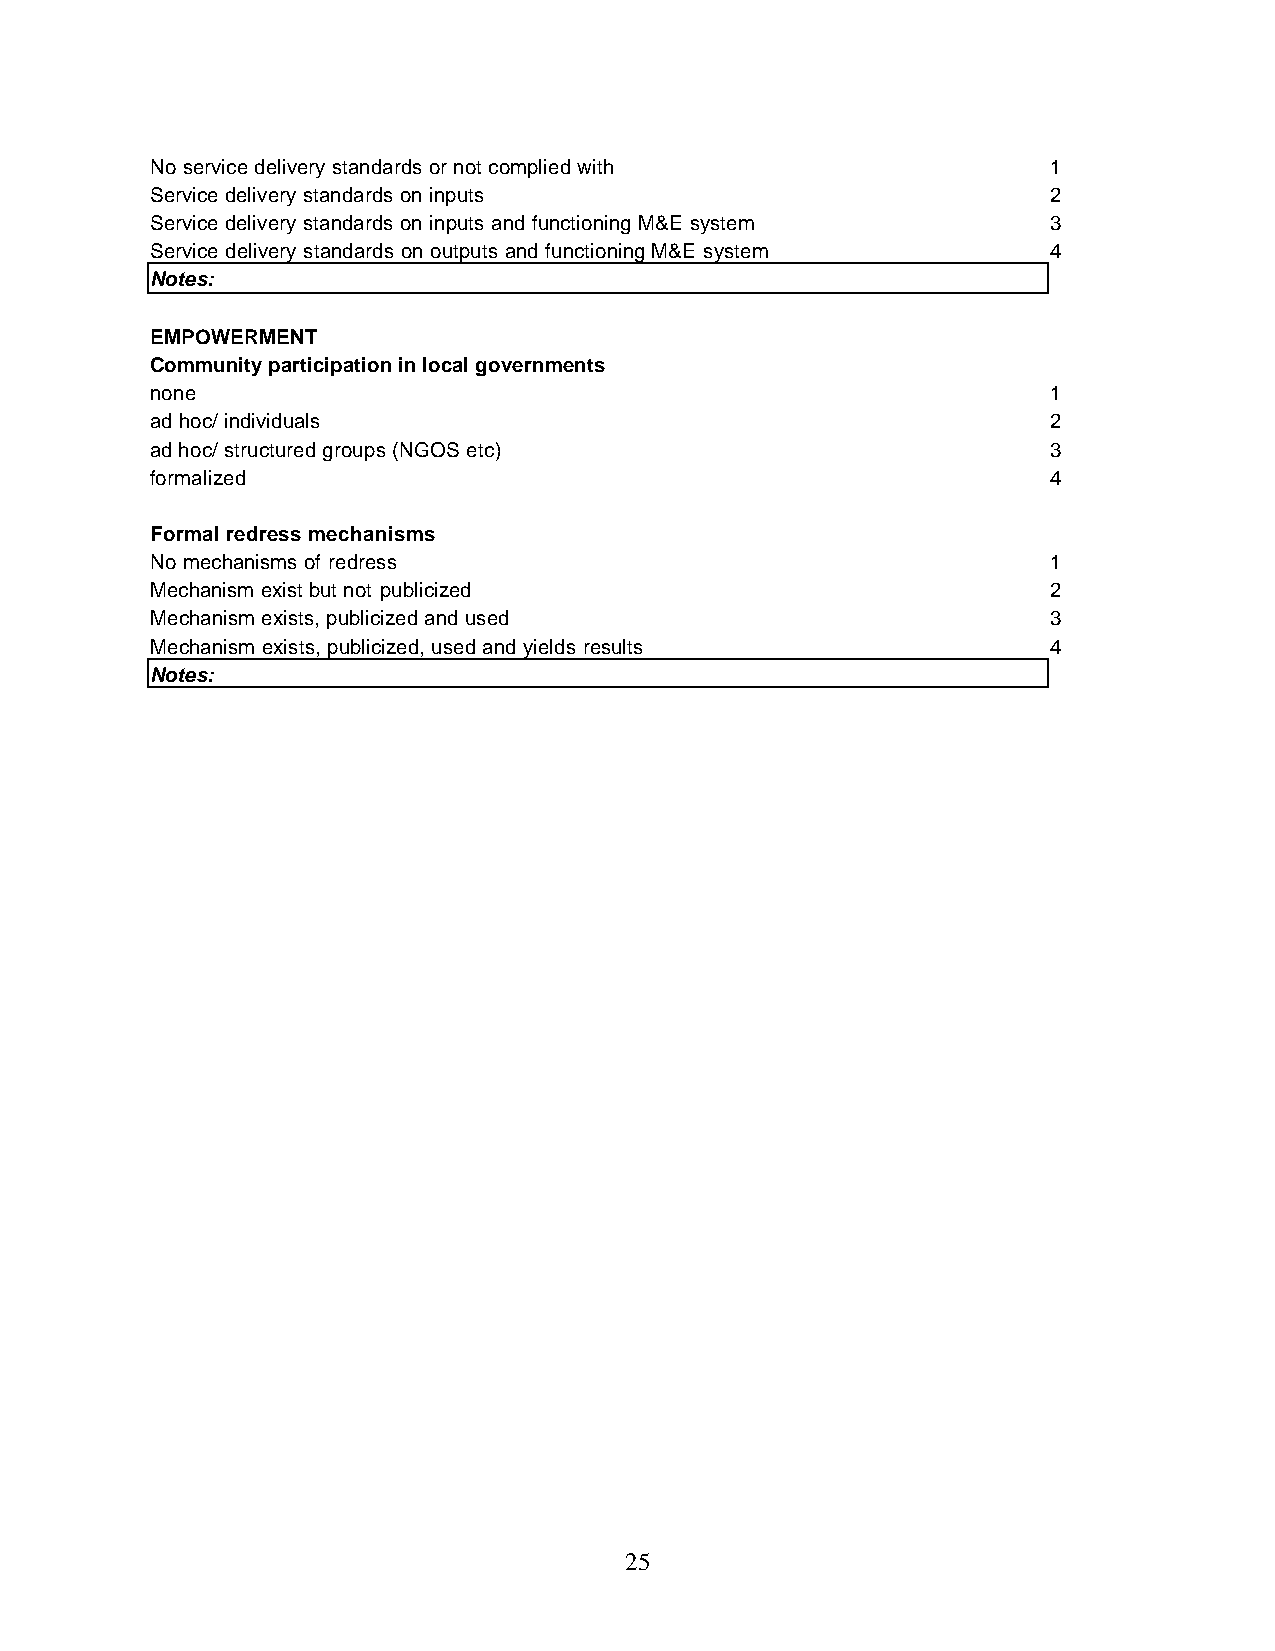
No service delivery standards or not complied with          1
 Service delivery standards on inputs                        2
 Service delivery standards on inputs and functioning M&E system 3
 Service delivery standards on outputs and functioning M&E system 4
 Notes:
 EMPOWERMENT
 Community participation in local governments
 none                                                        1
 ad hoc/ individuals                                         2
 ad hoc/ structured groups (NGOS etc)                        3
 formalized                                                  4
 Formal redress mechanisms
 No mechanisms of redress                                    1
 Mechanism exist but not publicized                          2
 Mechanism exists, publicized and used                       3
 Mechanism exists, publicized, used and yields results       4
 Notes:
 25